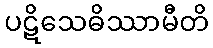
ပဋိသေဓိဿာမီတိ